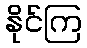
နိုင်ကြ